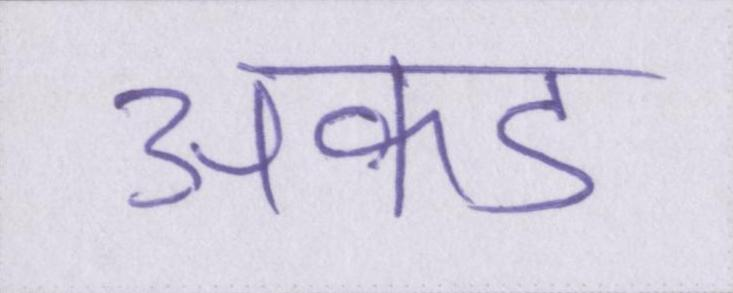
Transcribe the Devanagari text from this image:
अकड